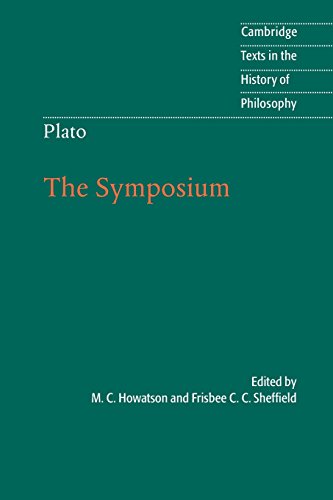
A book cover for Plato: The Symposium (Cambridge Texts in the History of Philosophy); Politics & Social Sciences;